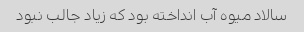
سالاد میوه آب انداخته بود که زیاد جالب نبود